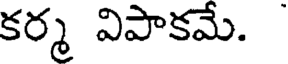
కర్మ విపాకమే.